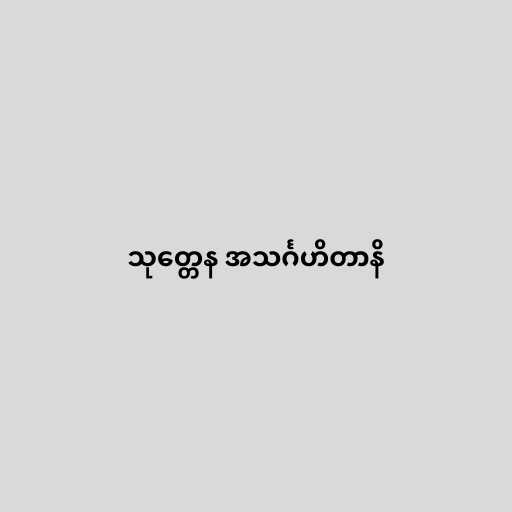
သုတ္တေန အသင်္ဂဟိတာနိ